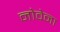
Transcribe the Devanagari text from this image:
नोवेना